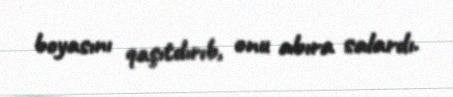
boyasını qaşıtdırıb, onu abıra salardı.